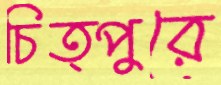
চিত্পুরে